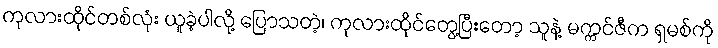
ကုလားထိုင်တစ်လုံး ယူခဲ့ပါလို့ ပြောသတဲ့၊ ကုလားထိုင်တွေ့ပြီးတော့ သူနဲ့ မက္ကင်ဇီက ရှမစ်ကို